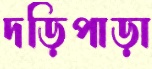
দড়িপাড়া